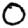
Digit: 0